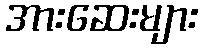
အားဆေးများ